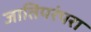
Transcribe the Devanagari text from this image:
जातिपरंपरा